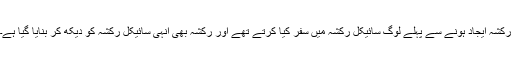
رکشہ ایجاد ہونے سے پہلے لوگ سائیکل رکشہ میں سفر کیا کرتے تھے اور رکشہ بھی انہی سائیکل رکشہ کو دیکھ کر بنایا گیا ہے۔